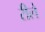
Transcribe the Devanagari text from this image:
रीलें